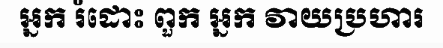
អ្នក រំដោះ ពួក អ្នក វាយប្រហារ